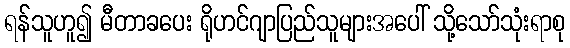
ရန်သူဟူ၍ မီတာခပေး ရိုဟင်ဂျာပြည်သူများအပေါ် သို့သော်သုံးရာစု